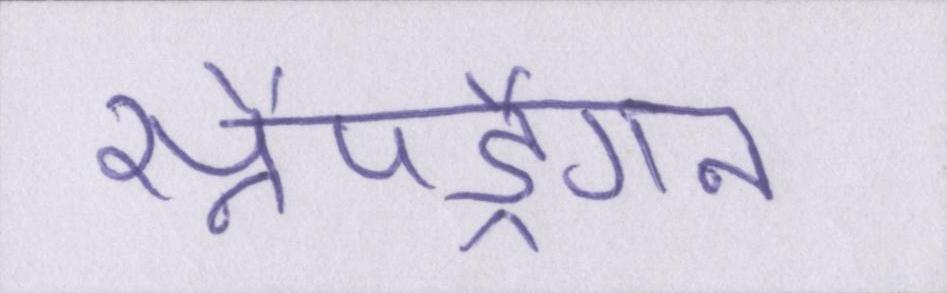
स्नैपड्रैगन